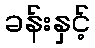
ခန်းနှင့်